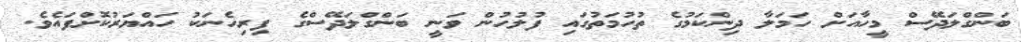
ބަންގްލަދޭސް މީހާއަށް ހަމަލާ ދިންކަމުގެ ތުހުމަތުގައި ފުލުހުން ވަނީ ބަންގްލަދޭސްގެ ފިރިހެނަކު ހައްޔަރުކޮށްފައެވެ.